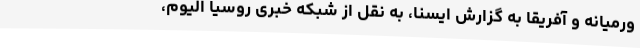
ورمیانه و آفریقا به گزارش ایسنا، به نقل از شبکه خبری روسیا الیوم،